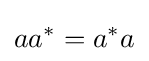
aa^{*}=a^{*}a